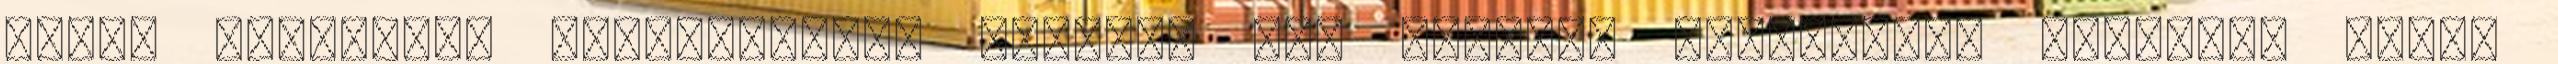
héber szöveghez visszanyúlva azonban úgy véltük, alternatív jelentés lehet